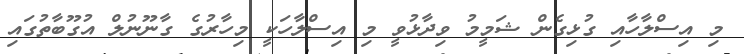
މި އިސްލާހާއި ގުޅިގެން ޝަމީމު ވިދާޅުވީ މި އިސްލާހަކީ މިހާރުގެ ގާނޫނުލް އުގޫބާތުގައި